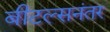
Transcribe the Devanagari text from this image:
बीटल्सनंतर